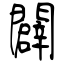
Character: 闢